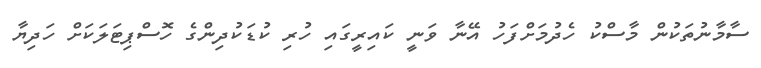
ސާމާނުތަކުން މާސްކު ހެދުމަށްފަހު އޭނާ ވަނީ ކައިރީގައި ހުރި ކުޑަކުދިންގެ ހޮސްޕިޓަލަކަށް ހަދިޔާ